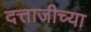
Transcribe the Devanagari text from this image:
दत्ताजीच्या